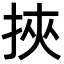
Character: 挾